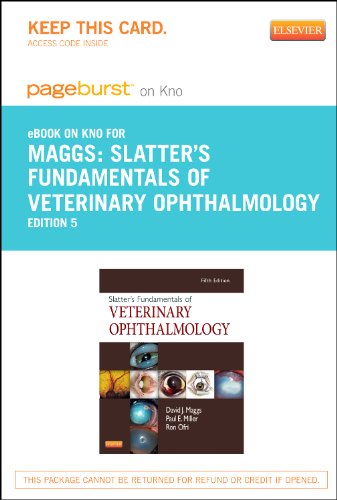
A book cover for Slatter's Fundamentals of Veterinary Ophthalmology - Pageburst E-Book on Kno (Retail Access Card), 5e; David Maggs BVSc(Hons)  DAVCO; Medical Books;